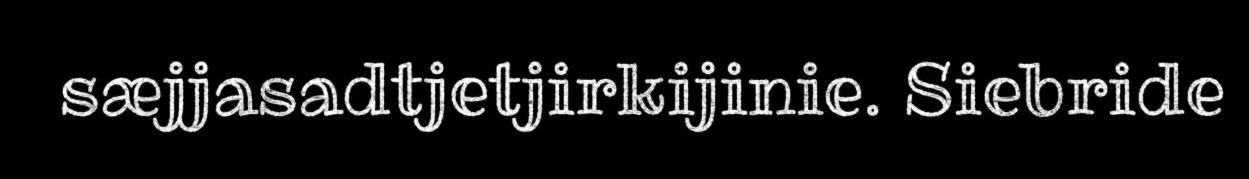
sæjjasadtjetjirkijinie. Siebride